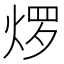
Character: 𬊜